Sanitation, dispensaries and jails vaccination Rajputana 1922-1927 - 1922-1927
Year: 1922
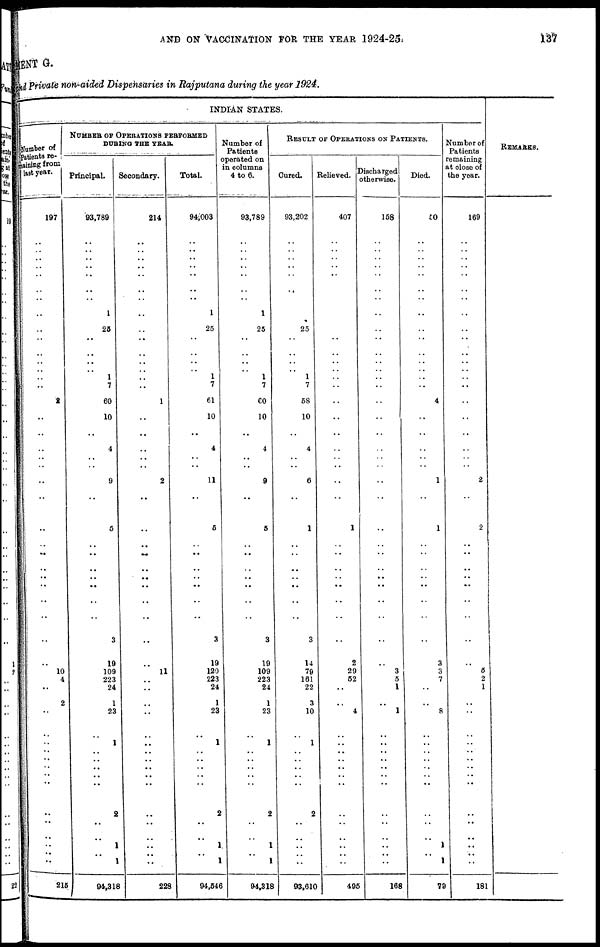
AND ON VACCINATION FOR THE YEAR 1924-25. 137
MENT G.
and Private non-aided Dispensaries in Rajputana during the year 1924.
INDIAN STATES.
Number of
patients re¬
mailning from
last year.
197
..
..
..
..
..
..
..
..
..
..
..
..
..
..
..
2
..
..
..
..
..
..
..
..
..
..
.. ..
..
..
..
..
10
4
..
2
..
..
..
..
..
..
..
..
..
..
..
..
..
..
215
NUMBER OF OPERATIONS PERFORMED
DURING THE YEAR.
Principal.
93,789
..
..
..
.. ..
..
..
1
25
..
..
..
..
1
7
60
10
..
4
..
..
9
..
5
..
..
..
..
..
..
3
19
109
223
24
1
23
..
1
..
..
..
..
..
2
..
..
1
..
1
94,318
Secondary.
214
..
..
..
.. ..
..
..
..
..
..
..
..
..
.. ..
1
..
..
..
..
..
2
..
..
..
..
..
..
..
..
..
..
11
..
..
..
..
..
..
..
..
..
..
..
..
..
..
..
..
..
228
Total.
94,003
..
..
..
.. ..
..
..
1
25
..
..
..
..
1
7
61
10
..
4
..
..
11
..
5
..
..
..
..
..
..
3
19
120
223
24
1
23
..
1
..
..
..
..
..
2
..
..
1
..
1
94,646
Number of
Patients
operated on
in columns
4 to 6.
93,789
..
..
..
.. ..
..
..
1
25
..
..
..
..
1
7
60
10
..
4
..
..
9
..
5
..
..
..
..
..
..
3
19
109
223
24
1
23
..
1
..
..
..
..
..
2
..
..
1
..
1
94,318
RESULT OF OPERATIONS ON PATIENTS.
Cured.
93,202
..
..
..
..
..
..
..
..
25
..
..
..
..
1
7
58
10
..
4
..
..
6
..
1
..
..
..
..
..
..
3
14
79
161
22
3
10
..
1
..
..
..
..
..
2
..
..
..
..
..
93,610
Relieved
407
..
..
..
.. ..
..
..
..
..
..
..
..
..
..
..
..
..
..
..
..
..
..
..
1
..
..
..
..
..
..
..
2
29
52
..
..
4
..
..
..
..
..
..
..
..
..
..
..
..
..
495
Discharged otherwise.
158
..
..
..
..
..
..
..
..
..
..
..
..
..
.. ..
..
..
..
..
..
..
..
..
..
..
..
..
..
..
..
..
..
3
5
1
..
1
..
..
..
..
..
..
..
..
..
..
..
..
..
168
Died.
50
..
..
..
..
..
..
..
..
..
..
..
..
..
.. ..
4
..
..
..
..
..
1
..
1
..
..
..
..
..
..
..
3
3
7
..
..
8
..
..
..
..
..
..
..
..
..
..
1
..
1
79
Number of
Patients
remaining
at close of
the year.
169
..
..
..
..
..
..
..
..
..
..
..
..
..
.. ..
..
..
..
..
..
..
2
..
2
..
..
..
..
..
..
..
..
5
2
1
..
..
..
..
..
..
..
..
..
..
..
..
..
..
..
181
REMARKS.